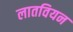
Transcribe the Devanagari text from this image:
लातवियन